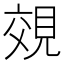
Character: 𧠷